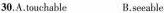
30.A.touchable B.seeable